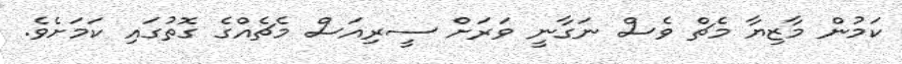
ކަމުން މާޒިޔާ މެޗް ވެސް ނަގާނީ ވަރަށް ސީރިއަސް މެޗެއްގެ ގޮތުގައި ކަމަށެވެ.